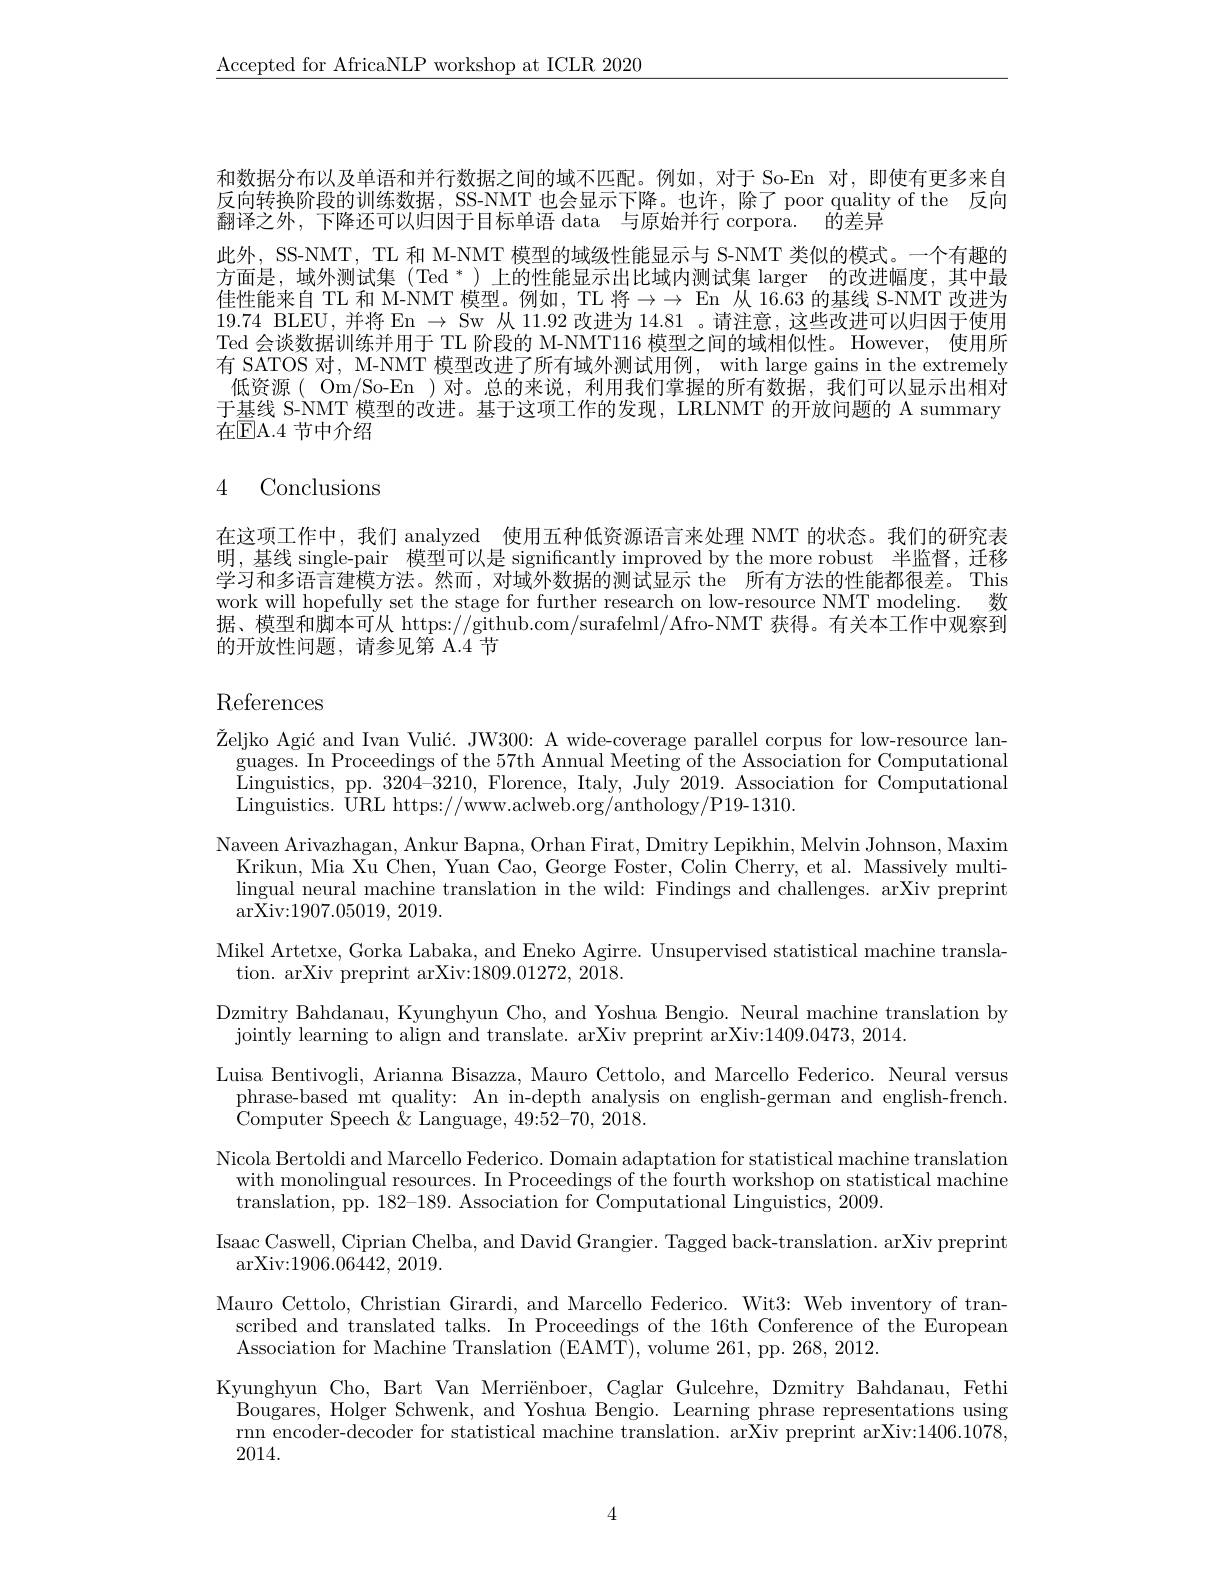
$\underline{\text{Accepted for AfricaNLP workshop at ICLR 2020}}$

和数据分布以及单语和并行数据之间的域不匹配。例如，对于 So-En 对，即使有更多来自反向转换阶段的训练数据，SS-NMT 也会显示下降。也许，除了 poor quality of the 反向翻译之外，下降还可以归因于目标单语 data 与原始并行 corpora. 的差异
此外，SS-NMT, TL 和 M-NMT 模型的域级性能显示与 S-NMT 类似的模式。一个有趣的方面是，域外测试集(Ted $^*)$上的性能显示出比域内测试集 larger 的改进幅度，其中最佳性能来自 TL 和 M-NMT 模型。例如，TL 将$\to\to$ En 从 16.63 的基线 S-NMT 改进为19.74 BLEU,并将 En $\to$ Sw 从 11.92 改进为 14.81 。请注意，这些改进可以归因于使用Ted 会谈数据训练并用于 TL 阶段的 M-NMT116 模型之间的域相似性。However, 使用所有 SATOS 对，M-NMT 模型改进了所有域外测试用例，with large gains in the extremely 低资源( Om/So-En )对。总的来说，利用我们掌握的所有数据，我们可以显示出相对于基线 S-NMT 模型的改进。基于这项工作的发现，LRLNMT 的开放问题的 A summary 在$\mathbb{E}$A.4 节中介绍

### 4 Conclusions

在这项工作中，我们 analyzed 使用五种低资源语言来处理 NMT 的状态。我们的研究表明，基线 single-pair 模型可以是 significantly improved by the more robust 半监督，迁移学习和多语言建模方法。然而，对域外数据的测试显示 the 所有方法的性能都很差。This work will hopefully set the stage for further research on low-resource NMT modeling. 数据、模型和脚本可从 https://github.com/surafelml/Afro-NMT 获得。有关本工作中观察到的开放性问题，请参见第 A.4 节

# References

$\text{\v {Z}eljko Agi\' {c}andIvanVuli\' {c}. JW300: Awide- coverageparallelcorpusforlow- resourcelan- }$ $\begin{array}{l}\mathrm{guages.~In~Proceedings~of~the~57th~Annual~Meeting~of~the~Association~for~Computational}\\\mathrm{Linguistics,~pp.~3204-3210,~Florence,~Italy,~July~2019.~Association~for~Computational}\end{array}$ Linguistics. URL https: / / www. aclweb. org/ anthology/ P19- 1310
Naveen Arivazhagan, Ankur Bapna, Orhan Firat, Dmitry Lepikhin, Melvin Johnson, Maxim
Krikun, Mia Xu Chen, Yuan Cao, George Foster, Colin Cherry, et al. Massively multilingual neural machine translation in the wild: Findings and challenges. arXiv preprint $\operatorname{arXiv:1907.05019,~2019.}$
Mikel Artetxe, Gorka Labaka, and Eneko Agirre. Unsupervised statistical machine transla-
tion. arXiv preprint arXiv:1809.01272, 2018.
Dzmitry Bahdanau, Kyunghyun Cho, and Yoshua Bengio. Neural machine translation by
jointly learning to align and translate. arXiv preprint arXiv:1409.0473, 2014.
Luisa Bentivogli, Arianna Bisazza, Mauro Cettolo, and Marcello Federico. Neural versus
$\begin{array}{cc}\text{phrase-based mt quality: An in-depth analysis on english-german and english-french.}\\\end{array}$
Computer Speech $\&$ Language, 49:52-70, 2018.
Nicola Bertoldi and Marcello Federico. Domain adaptation for statistical machine translation with monolingual resources. In Proceedings of the fourth workshop on statistical machine translation, pp. 182-189. Association for Computational Linguistics, 2009.
Isaac Caswell, Ciprian Chelba, and David Grangier. Tagged back- translation. arXiv preprint
$\operatorname{arXiv:1906.06442,~2019.}$
Mauro Cettolo, Christian Girardi, and Marcello Federico. Wit3: Web inventory of tran-
scribed and translated talks. In Proceedings of the 16th Conference of the European
Association for Machine Translation (EAMT), volume 261,pp. 268, 2012.
Kyunghyun Cho, Bart Van Merriënboer, Caglar Gulcehre, Dzmitry Bahdanau, Fethi
Bougares, Holger Schwenk, and Yoshua Bengio. Learning phrase representations using rnn encoder-decoder for statistical machine translation. arXiv preprint arXiv:1406.1078, 2014.
4